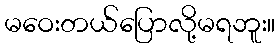
မဝေးတယ်ပြောလို့မရဘူး။